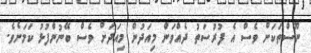
ނޫސްތަކަށް ވެސް އެ ފުރުސަތު ދެއްވަން މިއަދުން މިއަދަށް ވެސް ބޭނުންފުޅު ކަމަށެވެ.